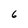
Character: 6